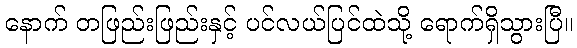
နောက် တဖြည်းဖြည်းနှင့် ပင်လယ်ပြင်ထဲသို့ ရောက်ရှိသွားပြီ။